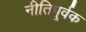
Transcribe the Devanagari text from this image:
नीतिपूर्वक